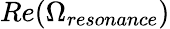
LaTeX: Re(\Omega_{resonance})